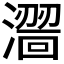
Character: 𣿠